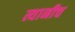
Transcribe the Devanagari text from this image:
त्यानीच